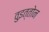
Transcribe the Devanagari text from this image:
वुइत्तोन